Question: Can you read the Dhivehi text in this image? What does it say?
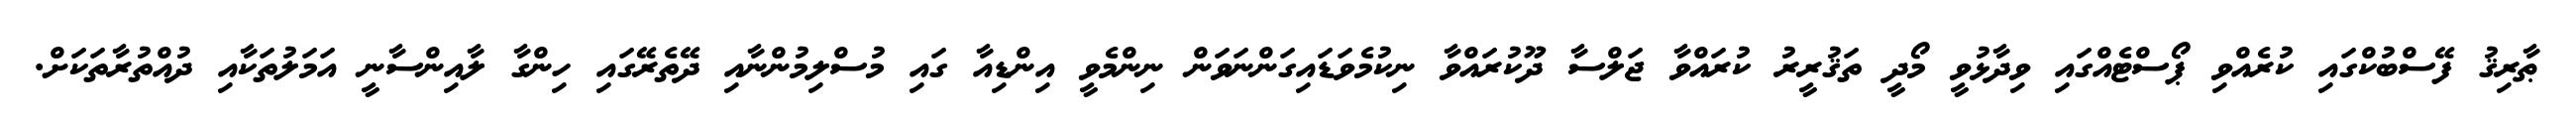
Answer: ޠާރިޤު ފޭސްބުކްގައި ކުރެއްވި ޕޯސްޓެއްގައި ވިދާޅުވީ މޯދީ ތަޤުރީރު ކުރައްވާ ޖަލްސާ ދޫކުރައްވާ ނިކުމެވަޑައިގަންނަވަން ނިންމެވީ އިންޑިއާ ގައި މުސްލިމުންނާއި ދޭތެރޭގައި ހިންގާ ލާއިންސާނީ އަމަލުތަކާއި ދުއްތުރާތަކަށް.